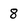
Character: 8